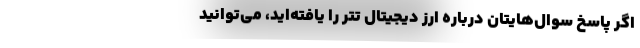
اگر پاسخ سوال‌هایتان درباره ارز دیجیتال تتر را یافته‌اید، می‌توانید